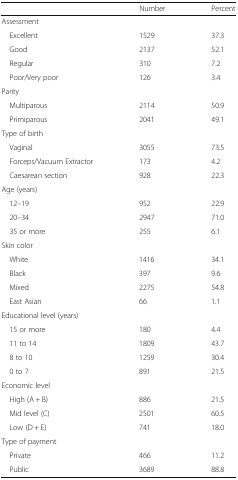
<table><thead><tr><td></td><td><b>Number</b></td><td><b>Percent</b></td></tr></thead><tbody><tr><td colspan="3">Assessment</td></tr><tr><td> Excellent</td><td>1529</td><td>37.3</td></tr><tr><td> Good</td><td>2137</td><td>52.1</td></tr><tr><td> Regular</td><td>310</td><td>7.2</td></tr><tr><td> Poor/Very poor</td><td>126</td><td>3.4</td></tr><tr><td colspan="3">Parity</td></tr><tr><td> Multiparous</td><td>2114</td><td>50.9</td></tr><tr><td> Primiparous</td><td>2041</td><td>49.1</td></tr><tr><td colspan="3">Type of birth</td></tr><tr><td> Vaginal</td><td>3055</td><td>73.5</td></tr><tr><td> Forceps/Vacuum Extractor</td><td>173</td><td>4.2</td></tr><tr><td> Caesarean section</td><td>928</td><td>22.3</td></tr><tr><td colspan="3">Age (years)</td></tr><tr><td> 12–19</td><td>952</td><td>22.9</td></tr><tr><td> 20–34</td><td>2947</td><td>71.0</td></tr><tr><td> 35 or more</td><td>255</td><td>6.1</td></tr><tr><td colspan="3">Skin color</td></tr><tr><td> White</td><td>1416</td><td>34.1</td></tr><tr><td> Black</td><td>397</td><td>9.6</td></tr><tr><td> Mixed</td><td>2275</td><td>54.8</td></tr><tr><td> East Asian</td><td>66</td><td>1.1</td></tr><tr><td colspan="3">Educational level (years)</td></tr><tr><td> 15 or more</td><td>180</td><td>4.4</td></tr><tr><td> 11 to 14</td><td>1809</td><td>43.7</td></tr><tr><td> 8 to 10</td><td>1259</td><td>30.4</td></tr><tr><td> 0 to 7</td><td>891</td><td>21.5</td></tr><tr><td colspan="3">Economic level</td></tr><tr><td> High (A + B)</td><td>886</td><td>21.5</td></tr><tr><td> Mid level (C)</td><td>2501</td><td>60.5</td></tr><tr><td> Low (D + E)</td><td>741</td><td>18.0</td></tr><tr><td colspan="3">Type of payment</td></tr><tr><td> Private</td><td>466</td><td>11.2</td></tr><tr><td> Public</td><td>3689</td><td>88.8</td></tr></tbody></table>